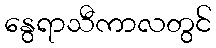
နွေရာသီကာလတွင်